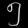
Digit: ၅